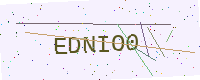
Text: EDNIO0